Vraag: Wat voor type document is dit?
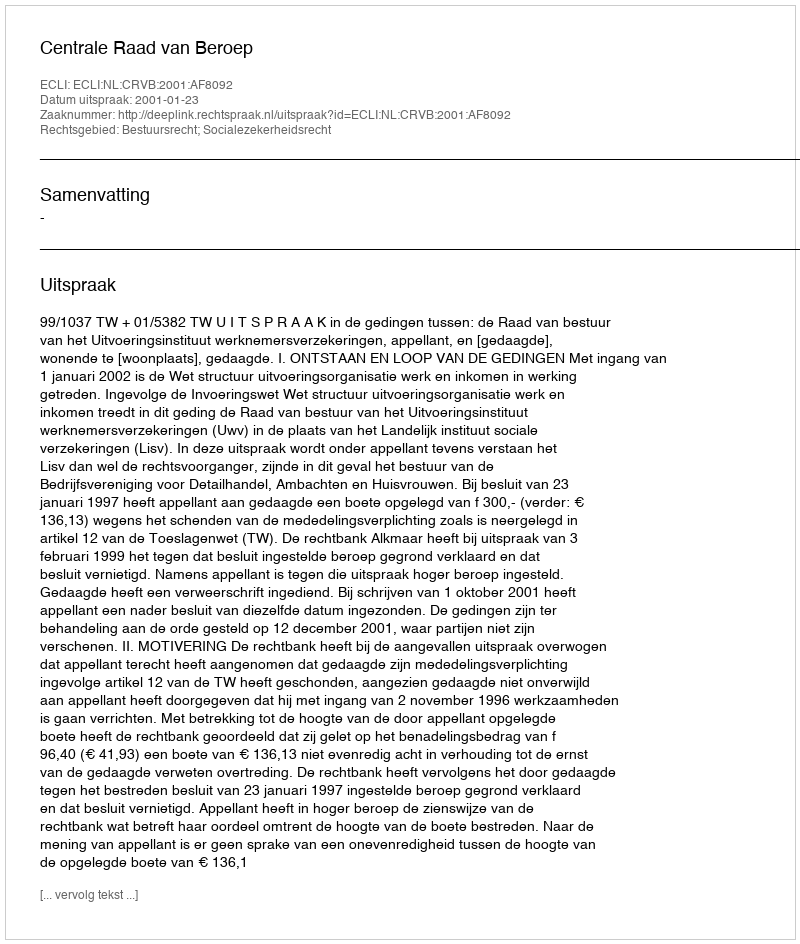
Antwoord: Uitspraak